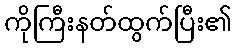
ကိုကြီးနတ်ထွက်ပြီး၏